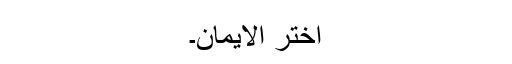
اختر الایمان۔